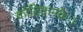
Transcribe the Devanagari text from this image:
कोटिकनकैः।